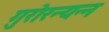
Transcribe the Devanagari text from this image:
गुरोरन्यन्न